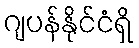
ဂျပန်နိုင်ငံရှိ